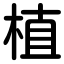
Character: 植